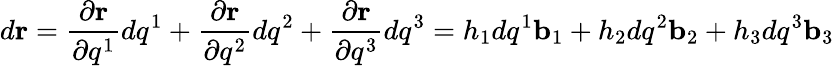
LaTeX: d\mathbf{r}={\frac{\partial\mathbf{r}}{\partial q^{1}}}dq^{1}+{\frac{\partial\mathbf{r}}{\partial q^{2}}}dq^{2}+{\frac{\partial\mathbf{r}}{\partial q^{3}}}dq^{3}=h_{1}dq^{1}\mathbf{b}_{1}+h_{2}dq^{2}\mathbf{b}_{2}+h_{3}dq^{3}\mathbf{b}_{3}